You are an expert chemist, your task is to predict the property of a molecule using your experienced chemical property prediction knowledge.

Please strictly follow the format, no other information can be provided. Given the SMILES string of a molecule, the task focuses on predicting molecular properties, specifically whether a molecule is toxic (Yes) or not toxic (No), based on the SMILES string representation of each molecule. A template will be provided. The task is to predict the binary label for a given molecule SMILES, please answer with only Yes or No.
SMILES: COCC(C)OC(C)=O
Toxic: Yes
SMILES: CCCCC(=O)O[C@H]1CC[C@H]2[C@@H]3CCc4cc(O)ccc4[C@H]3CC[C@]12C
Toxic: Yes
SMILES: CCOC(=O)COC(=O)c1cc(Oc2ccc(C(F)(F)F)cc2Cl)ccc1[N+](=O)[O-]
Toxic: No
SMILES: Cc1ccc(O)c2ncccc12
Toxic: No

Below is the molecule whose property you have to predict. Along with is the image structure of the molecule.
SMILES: N=C(N)Nc1ccc(C(=O)Oc2ccc3cc(C(=N)N)ccc3c2)cc1
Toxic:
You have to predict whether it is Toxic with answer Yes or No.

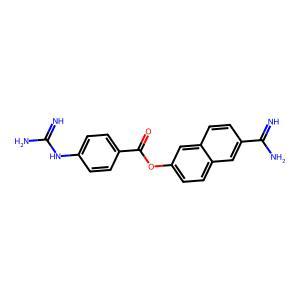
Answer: No